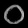
Digit: ၀